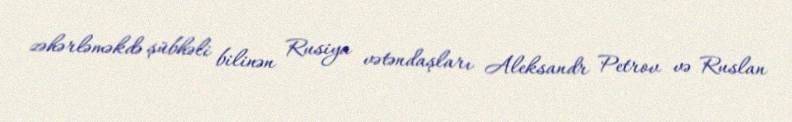
zəhərləməkdə şübhəli bilinən Rusiya vətəndaşları Aleksandr Petrov və Ruslan